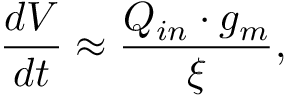
\frac { d V } { d t } \approx \frac { Q _ { i n } \cdot g _ { m } } { \xi } ,